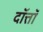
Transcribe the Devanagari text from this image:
दॉत्तॉ